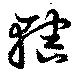
轄